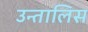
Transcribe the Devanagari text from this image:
उन्तालिस